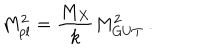
M _ { p l } ^ { 2 } = { \frac { M _ { X } } { \displaystyle { k } } } M _ { G U T } ^ { 2 } ~ . ~ \,